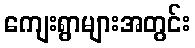
ကျေးရွာများအတွင်း